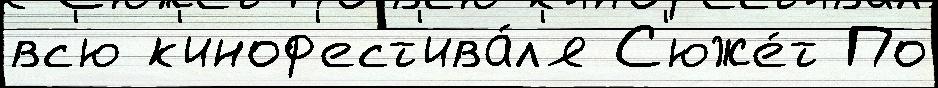
вс'ю к'иноф'ест'ива́л'я С'юже́т По